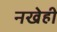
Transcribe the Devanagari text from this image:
नखेही